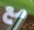
مع